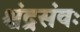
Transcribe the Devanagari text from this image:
श्चंद्रसंवः